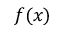
f ( x )